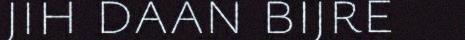
jih daan bijre